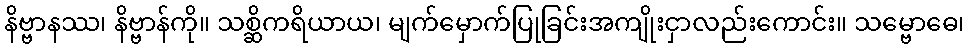
နိဗ္ဗာနဿ၊ နိဗ္ဗာန်ကို။ သစ္ဆိကရိယာယ၊ မျက်မှောက်ပြုခြင်းအကျိုးငှာလည်းကောင်း။ သမ္ဗောဓေ၊